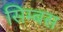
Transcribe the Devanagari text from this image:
सिम्बस